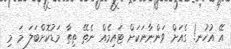
އޭ އުހުނ! ގެއަށް ވަންނާނަކަށް ޓައިމެއް ނެތޭ ތިތާ މަޑުކޮށްބަލަ މަ މި